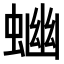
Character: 𧍘